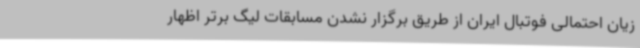
زیان احتمالی فوتبال ایران از طریق برگزار نشدن مسابقات لیگ برتر اظهار